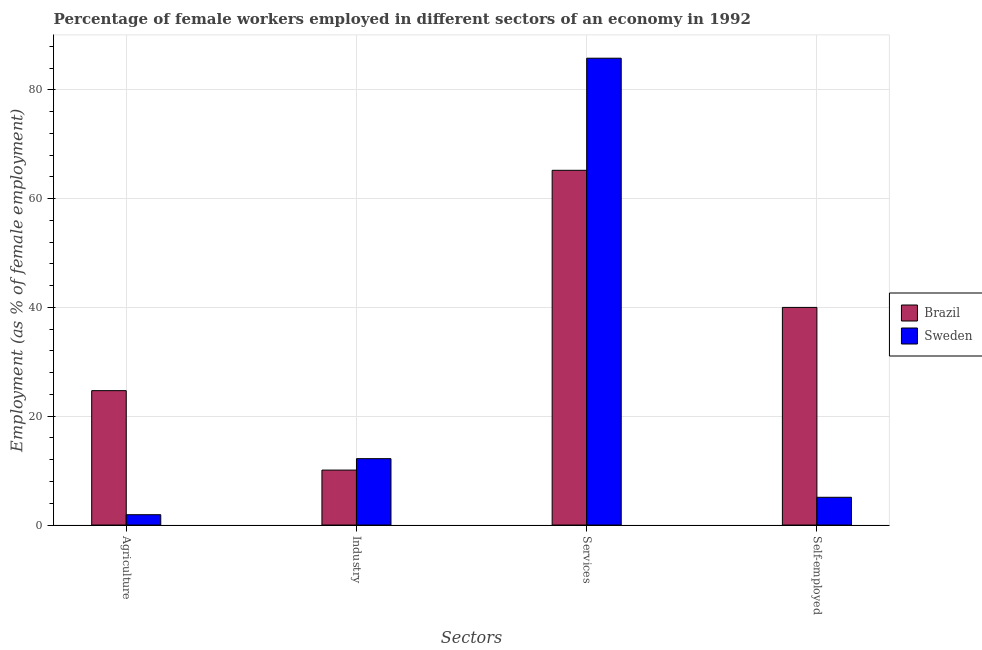
| Sectors | Brazil | Sweden |
 | --- | --- | --- |
 | Agriculture | 24.7 | 1.9 |
 | Industry | 10.1 | 12.2 |
 | Services | 65.2 | 85.8 |
 | Self-employed | 40 | 5.1 |